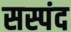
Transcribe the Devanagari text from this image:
सस्पंद